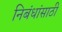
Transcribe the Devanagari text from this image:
निबंधांसाठी